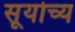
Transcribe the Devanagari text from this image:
सूर्योच्य